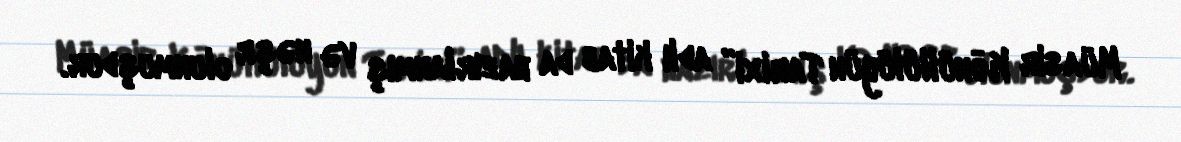
Müasir Könüllülüyün Tarixi” adlı kitab da hazırlanmış və nəşr olunmuşdur.